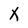
Character: X